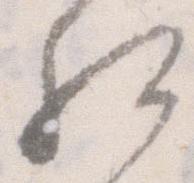
相